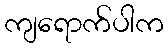
ကျရောက်ပါက